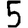
Digit: 5